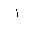
Letter: _alif